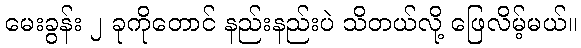
မေးခွန်း ၂ ခုကိုတောင် နည်းနည်းပဲ သိတယ်လို့ ဖြေလိမ့်မယ်။